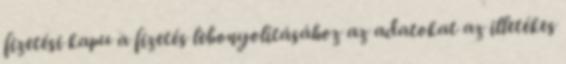
fizetési kapu a fizetés lebonyolításához az adatokat az illetékes